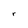
Character: r